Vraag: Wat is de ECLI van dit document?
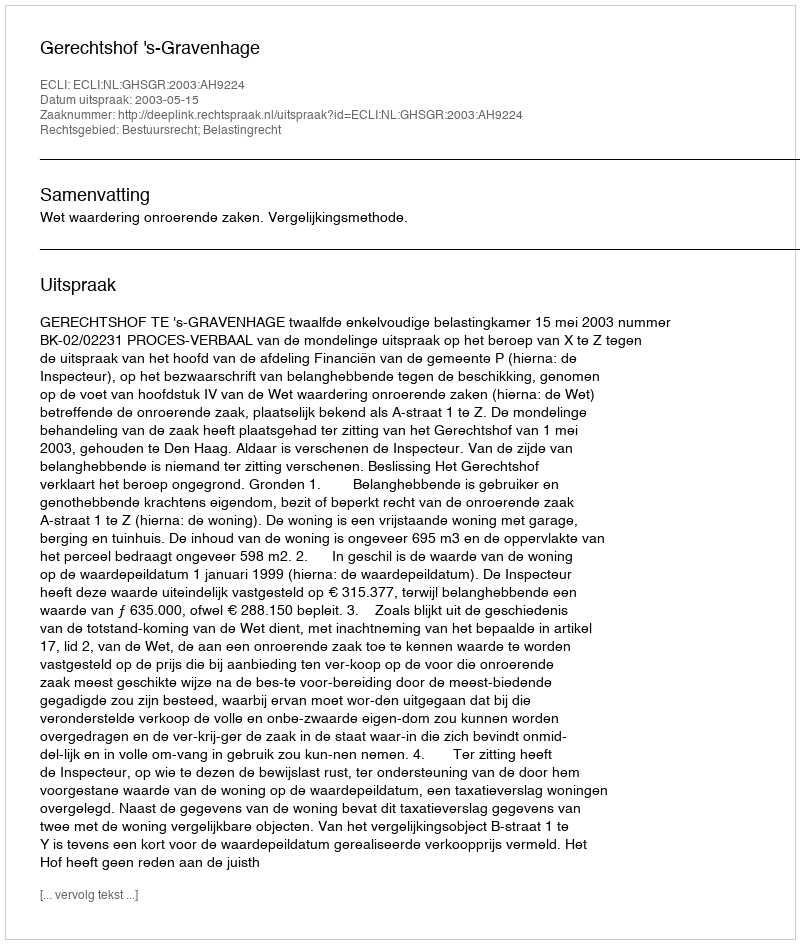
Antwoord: ECLI:NL:GHSGR:2003:AH9224